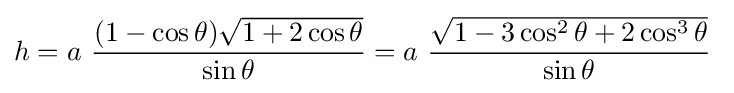
h=a~{(1-\cos \theta ){\sqrt {1+2\cos \theta }} \over \sin \theta }=a~{{\sqrt {1-3\cos ^{2}\theta +2\cos ^{3}\theta }} \over \sin \theta }~